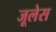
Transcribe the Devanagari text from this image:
जूलेस